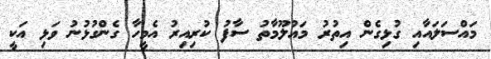
މައްސަލައާއި ގުޅިގެން އިތުރު މައުލޫމާތު ސާފު ކުރިއިރު އެމީހާ ގެންގުޅުނު ވަޅި އަކީ